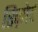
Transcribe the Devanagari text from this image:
रिज़ोर्ट